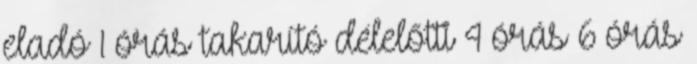
eladó 1 órás takarító délelőtti 4 órás 6 órás